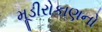
મૂડીરોકાણનો